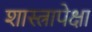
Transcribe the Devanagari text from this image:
शास्त्रापेक्षा